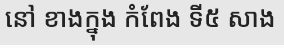
នៅ ខាងក្នុង កំពែង ទី៥ សាង